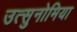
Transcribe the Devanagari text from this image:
उत्सुनोमिया